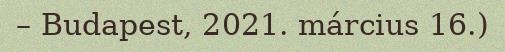
– Budapest, 2021. március 16.)